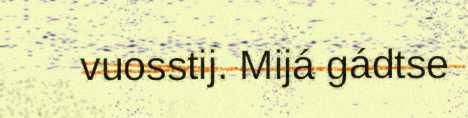
vuosstij. Mijá gádtse